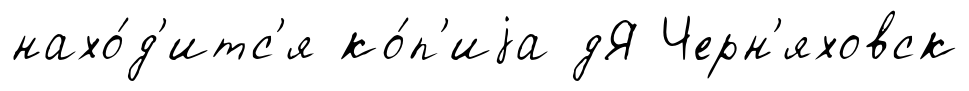
нахо́д'итс'я ко́п'иjа дЯ Черн'яховск